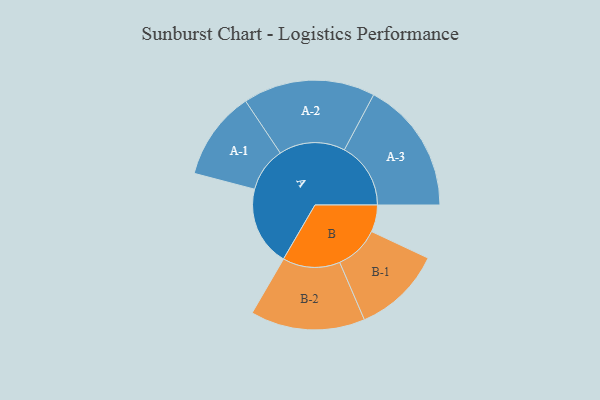
{"axis": {"x": "Segment", "y": "Value"}, "legend": ["", "A", "B"], "data": [{"x": "A", "y": 317, "type": ""}, {"x": "B", "y": 107, "type": ""}, {"x": "A-1", "y": 177, "type": "A"}, {"x": "A-2", "y": 263, "type": "A"}, {"x": "A-3", "y": 264, "type": "A"}, {"x": "B-1", "y": 177, "type": "B"}, {"x": "B-2", "y": 228, "type": "B"}]}